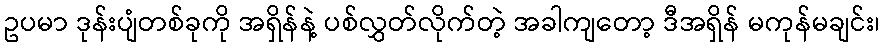
ဥပမာ ဒုန်းပျံတစ်ခုကို အရှိန်နဲ့ ပစ်လွှတ်လိုက်တဲ့ အခါကျတော့ ဒီအရှိန် မကုန်မချင်း၊